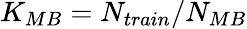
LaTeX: K_{MB}=N_{train}/N_{MB}